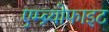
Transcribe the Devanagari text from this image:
एम्ब्र्योफाइट